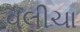
વલીચા